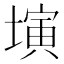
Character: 𡐔